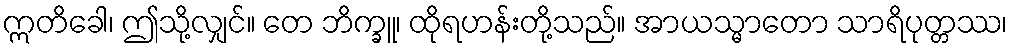
ဣတိခေါ၊ ဤသို့လျှင်။ တေ ဘိက္ခူ၊ ထိုရဟန်းတို့သည်။ အာယသ္မာတော သာရိပုတ္တဿ၊